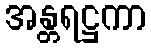
အန္တရဋ္ဌကာ